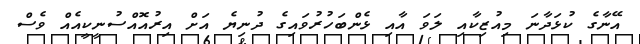
އޭނާގެ ކުޅަދާނަ މިއުޒިކާއި ލަވަ އާއި ޅެންބަހުރުވައިގެ ދުނިޔެ އަށް އިރުއޮއްސުނީކީއެއް ވެސް